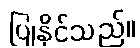
ပြုနိုင်သည်။